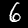
Label: 6